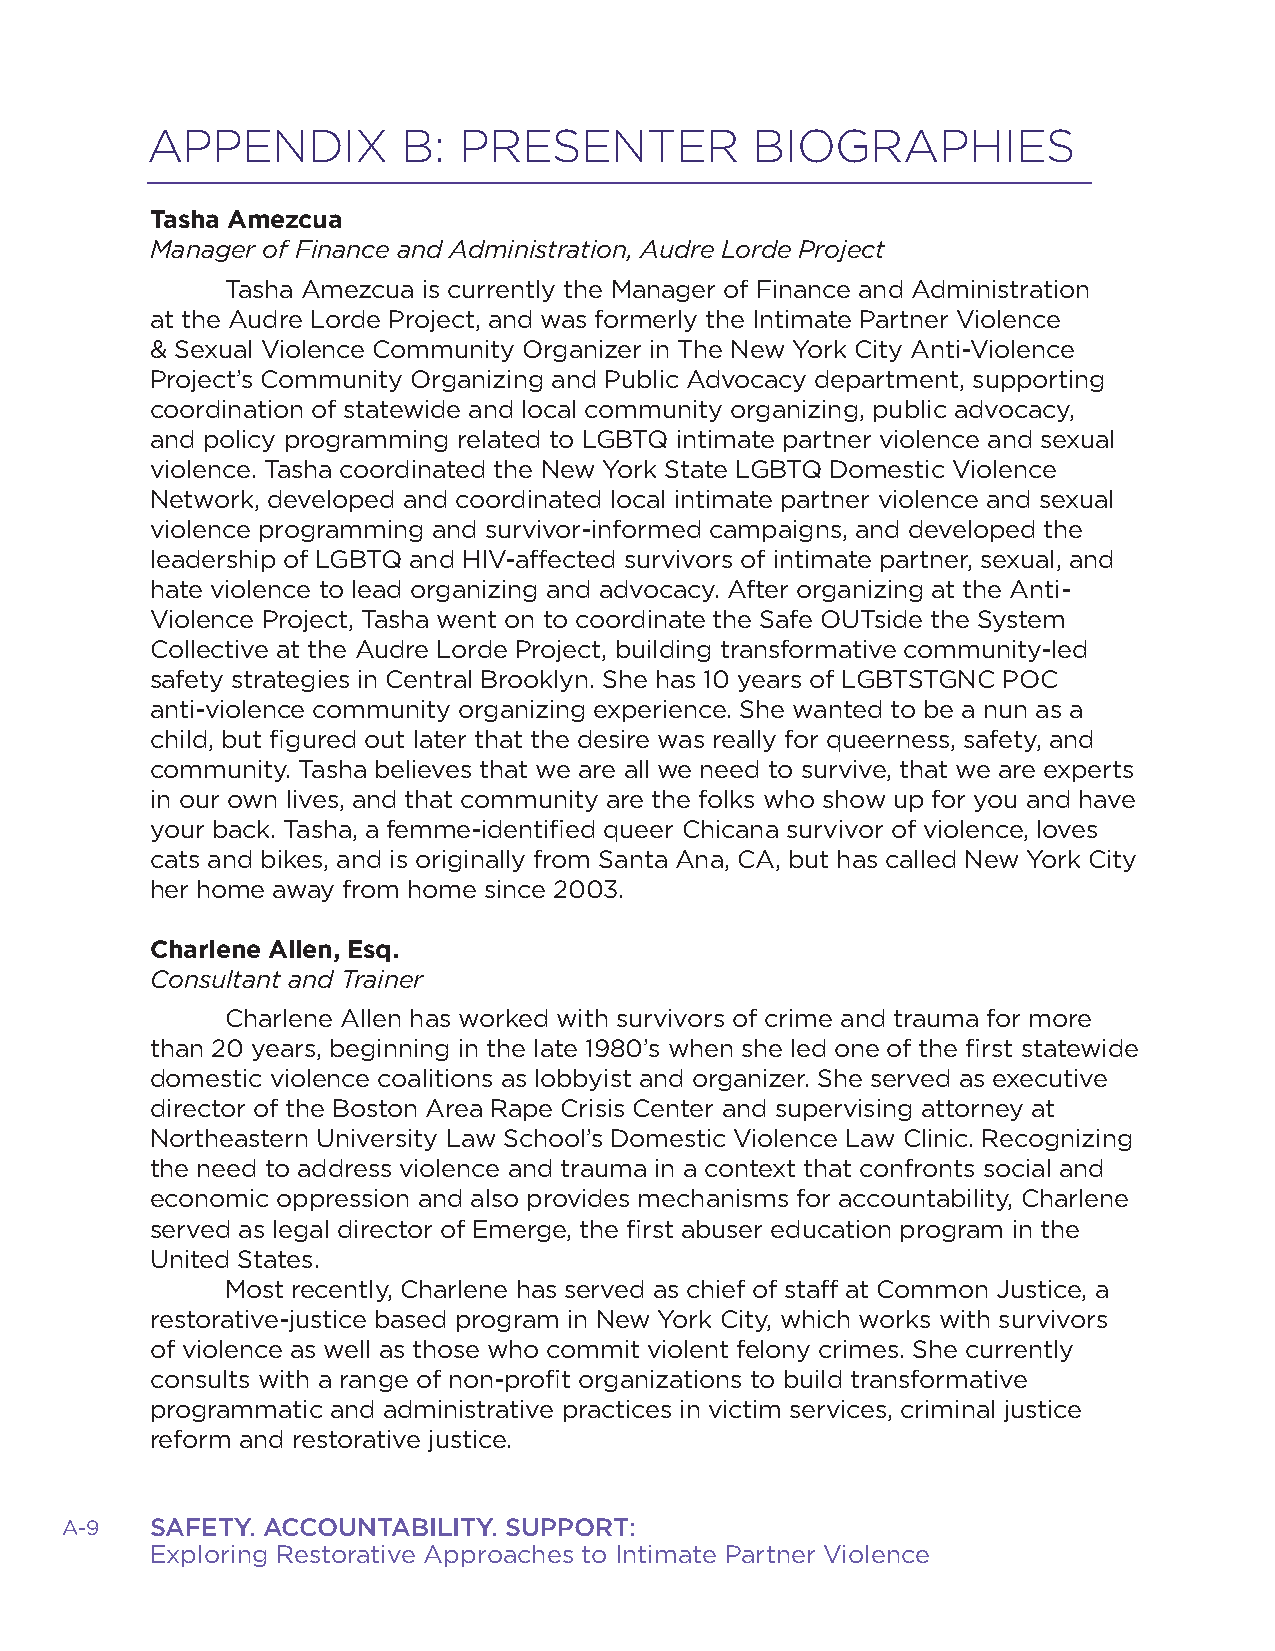
APPENDIX         B: PRESENTER           BIOGRAPHIES
 Tasha Amezcua
 Manager of Finance and Administration, Audre Lorde Project
 Tasha Amezcua is currently the Manager of Finance and Administration
 at the Audre Lorde Project, and was formerly the Intimate Partner Violence
 & Sexual Violence Community Organizer in The New York City Anti-Violence
 Project’s Community Organizing and Public Advocacy department, supporting
 coordination of statewide and local community organizing, public advocacy,
 and policy programming related to LGBTQ intimate partner violence and sexual
 violence. Tasha coordinated the New York State LGBTQ Domestic Violence
 Network, developed and coordinated local intimate partner violence and sexual
 violence programming and survivor-informed campaigns, and developed the
 leadership of LGBTQ and HIV-affected survivors of intimate partner, sexual, and
 hate violence to lead organizing and advocacy. After organizing at the Anti-
 Violence Project, Tasha went on to coordinate the Safe OUTside the System
 Collective at the Audre Lorde Project, building transformative community-led
 safety strategies in Central Brooklyn. She has 10 years of LGBTSTGNC POC
 anti-violence community organizing experience. She wanted to be a nun as a
 child, but figured out later that the desire was really for queerness, safety, and
 community. Tasha believes that we are all we need to survive, that we are experts
 in our own lives, and that community are the folks who show up for you and have
 your back. Tasha, a femme-identified queer Chicana survivor of violence, loves
 cats and bikes, and is originally from Santa Ana, CA, but has called New York City
 her home away from home since 2003.
 Charlene Allen, Esq.
 Consultant and Trainer
 Charlene Allen has worked with survivors of crime and trauma for more
 than 20 years, beginning in the late 1980’s when she led one of the first statewide
 domestic violence coalitions as lobbyist and organizer. She served as executive
 director of the Boston Area Rape Crisis Center and supervising attorney at
 Northeastern University Law School’s Domestic Violence Law Clinic. Recognizing
 the need to address violence and trauma in a context that confronts social and
 economic oppression and also provides mechanisms for accountability, Charlene
 served as legal director of Emerge, the first abuser education program in the
 United States.
 Most recently, Charlene has served as chief of staff at Common Justice, a
 restorative-justice based program in New York City, which works with survivors
 of violence as well as those who commit violent felony crimes. She currently
 consults with a range of non-profit organizations to build transformative
 programmatic and administrative practices in victim services, criminal justice
 reform and restorative justice.
 A-9   SAFETY. ACCOUNTABILITY. SUPPORT:
 Exploring Restorative Approaches to Intimate Partner Violence